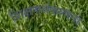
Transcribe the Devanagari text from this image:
शिक्षणसंकल्पना